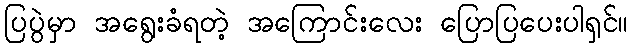
ပြပွဲမှာ အရွေးခံရတဲ့ အကြောင်းလေး ပြောပြပေးပါရှင်။